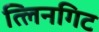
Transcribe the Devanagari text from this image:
त्लिनगिट